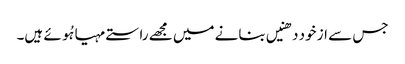
جس سے از خود دھنیں بنانے میں مجھے راستے مہیا ہُوئے ہیں۔